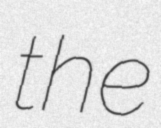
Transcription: the